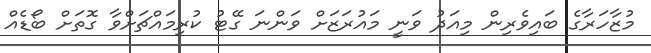
މުޒާހަރާގެ ބައިވެރިން މިއަދު ވަނީ މައުރަަޒަށް ވަންނަ ގޭޓު ކުރިމައްޗަށްވާ ގޮތަށް ބޯޑެއް